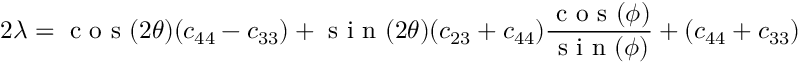
2 \lambda = \textrm { c o s } ( 2 \theta ) ( c _ { 4 4 } - c _ { 3 3 } ) + \textrm { s i n } ( 2 \theta ) ( c _ { 2 3 } + c _ { 4 4 } ) \frac { \textrm { c o s } ( \phi ) } { \textrm { s i n } ( \phi ) } + ( c _ { 4 4 } + c _ { 3 3 } )